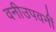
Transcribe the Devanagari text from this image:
वनीउपवनीं